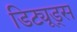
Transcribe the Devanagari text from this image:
डिट्यूड्स